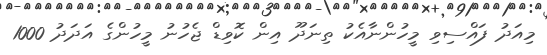
މިއަދު ފައްސިވި މީހުންނާއެކު ތިނަދޫ އިން ކޮވިޑް ޖެހުނު މީހުންގެ އަދަދު 1000